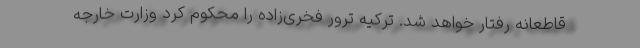
قاطعانه رفتار خواهد شد. ترکیه ترور فخری‌زاده را محکوم کرد وزارت خارجه